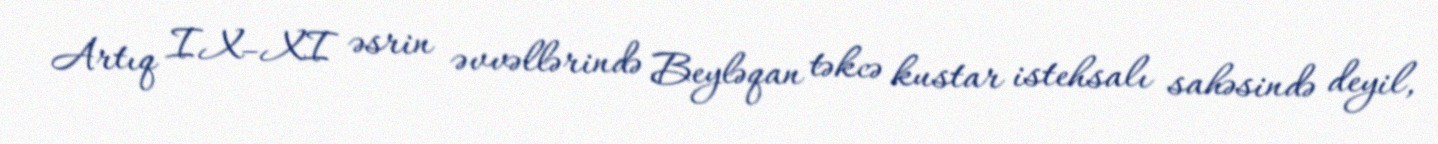
Artıq IX–XI əsrin əvvəllərində Beyləqan təkcə kustar istehsalı sahəsində deyil,